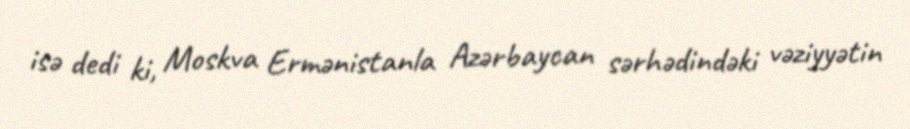
isə dedi ki, Moskva Ermənistanla Azərbaycan sərhədindəki vəziyyətin